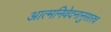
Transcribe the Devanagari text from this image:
आत्मनिवेदनानुसारच